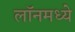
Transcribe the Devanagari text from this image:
लॉनमध्ये